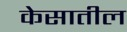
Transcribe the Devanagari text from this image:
केसातील